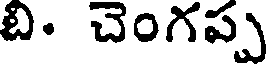
బి. చెంగప్ప